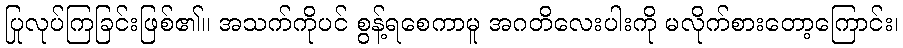
ပြုလုပ်ကြခြင်းဖြစ်၏။ အသက်ကိုပင် စွန့်ရစေကာမူ အဂတိလေးပါးကို မလိုက်စားတော့ကြောင်း၊